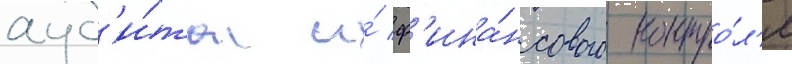
ауд'и́та и́ ф'ина́нсового контро́л'я